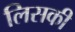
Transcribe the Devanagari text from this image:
लिसकी